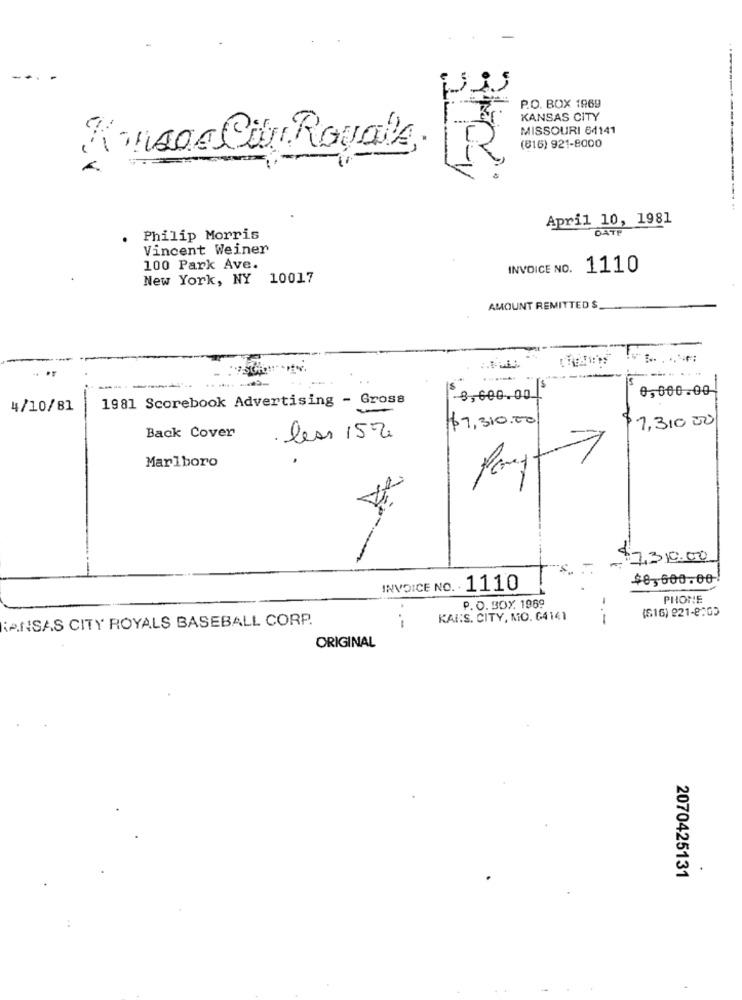
P.O. BOX 1969
KANSAS CITY
MISSOURI 64141
(816) 921-8000
Konsor City Royale,
.-
April 10, 1981
DATP
Philip Morris
Vincent Weiner
100 Park Ave.
INVOICE NO.
1110
New York, NY 10017
AMOUNT REMITTED $
--
0,000.00
1981 Scorebook Advertising - Gross
3,600.00
4/10/81
$7,310.00
$
1,310 00
Back Cover
· less 15%
Marlboro
$7,310.00
$0,600.00!
INVOICE NO. 1110
PHONE
P. O.BOX. 1969
(816) 221-8:05
KANSAS CITY ROYALS BASEBALL CORP.
KAIS. CITY, MO. 64141
---
ORIGINAL
2070425131